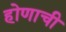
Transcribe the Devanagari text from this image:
होणाची